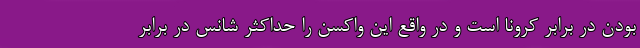
بودن در برابر کرونا است و در واقع این واکسن را حداکثر شانس در برابر